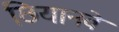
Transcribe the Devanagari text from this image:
छियानवे